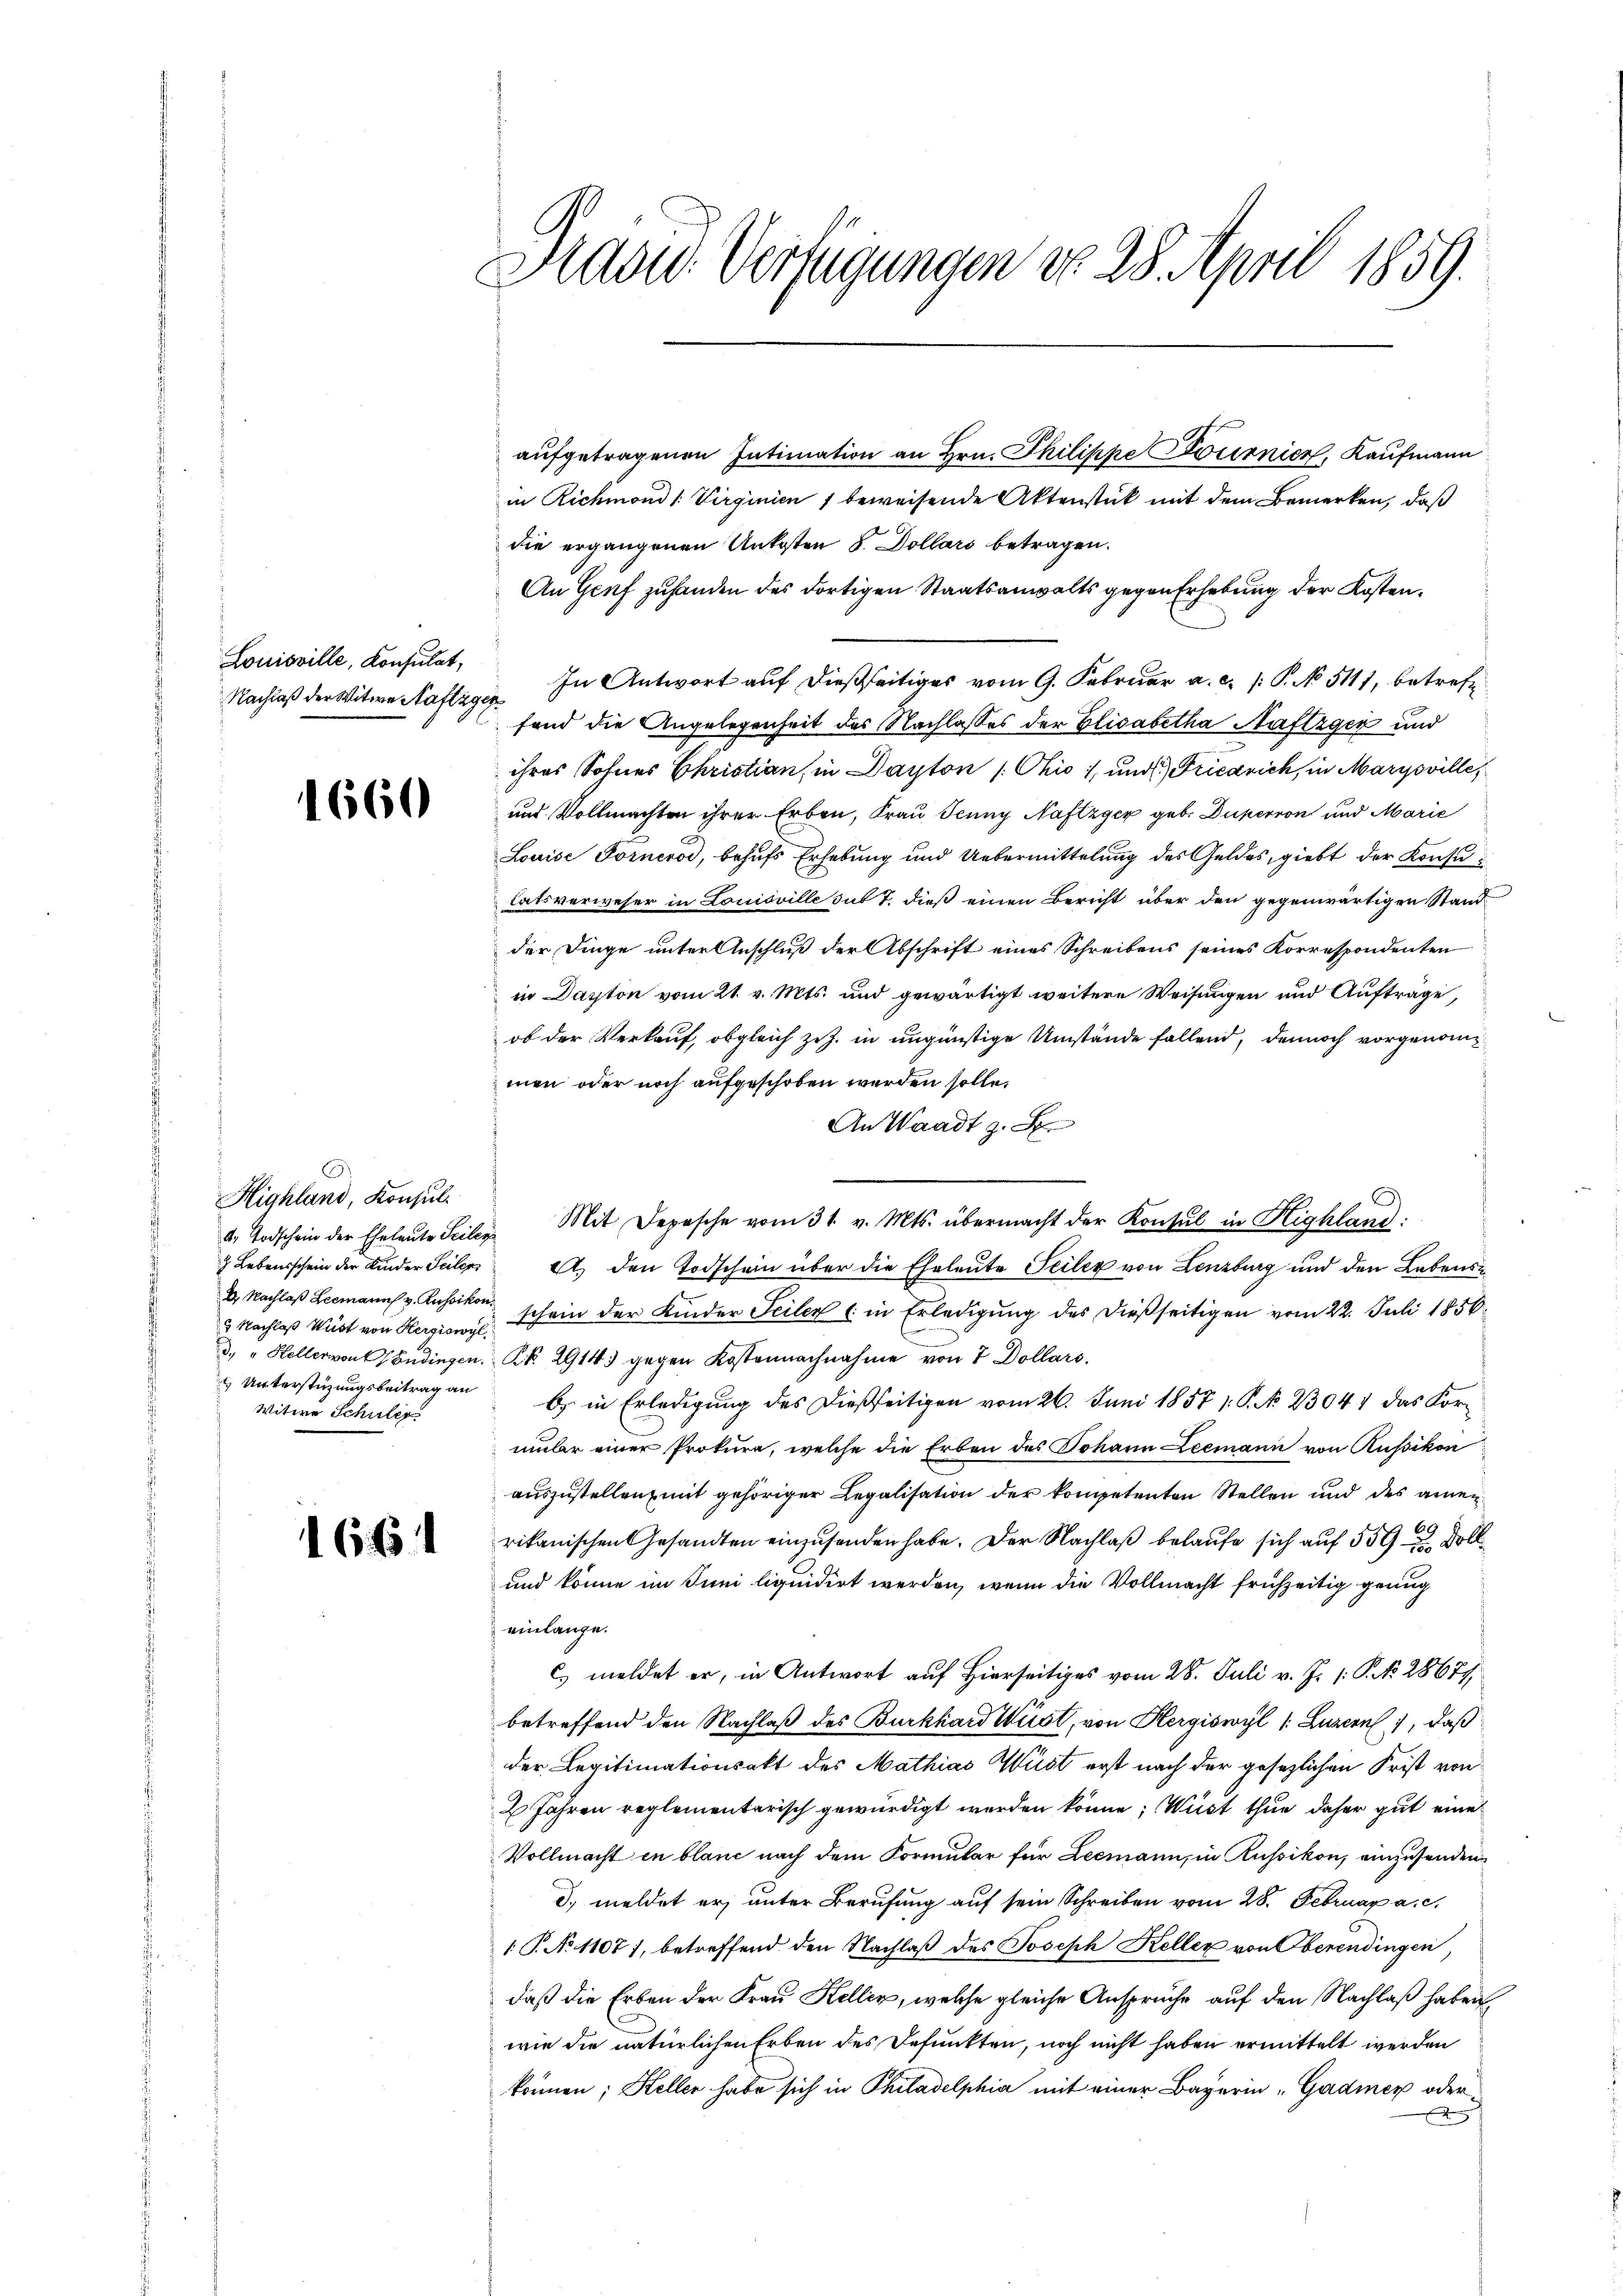
Louisville, Konsulat,

1660

Highland, Konsul
4. Todschein der Eheleute Seilen
 Lebensschein der Kinder Teiler
D. Nachlaß Leemanns v. Aussikon
3 Nachlaß Wüst von Hergiswyl
 Unterstüzungsbeitrag an
Witwe Schule

1661

Hradid. Verfügungen do 28. April 1859.

aufgetragenen Intimation an Hrn. Philippe Dousnicz, Kaufmann
in Richmond /: Virginien 1 beweisende Aktenstück mit dem Bemerken, daß
die ergangenen Unkosten 8. Dollars betragen.
An Genf zuhanden des dortigen Staatsanwalts gegen Erhebung der Kosten.
In Antwort auf dießseitiges vom 9. Februar a.c. (: P. No 5111, betreff
e
Nachlaß der Witwe Masse fand die Angelegenheit des Nachlasses der Elisabetha Nuftzger und
ihres Sohnes Christian in Dayton / Ohio 1, und Friedrich, in Marysvilles
und Vollmachten ihrer Erben, Frau Jenny Naftzger geb. Duperson und Marie
Louise Fornerod, behufs Erhebung und Uebermittelung des Geldes, giebt der Konsu
latsverweser in Louisville sub 7. dieß einen Bericht über den gegenwärtigen Stand
der Dinge unter Anschluß der Abschrift eines Schreibens seines Korrespondenten
in Dapton vom 21. v. Mts. und gewärtigt weitere Weisungen und Aufträge,
ob der Verkauf, obgleich zuz. in ungünstige Umstände fallend, dennoch vorgenommen oder noch aufgeschoben werden solle.
An Waadt z. B
.
Mit Depesche vom 31. v. Mts. übermacht der Konsul in Highland:
A.) den Todschein über die Eheleute Seiler von Lenzburg und den Lebensschein der Kinder Teiler (: in Erledigung des dießseitigen vom 22. Juli 1850
d. " Hellervon Endingen. Nr. 29143 gegen Kostennachnahme von 7 Dollars,
b in Erledigung des dießseitigen vom 26. Juni 1857 1. P. No 23041 das Kormmber einer Prokura, welche die Erben des Johann Leemann von Russikon
auszustellen, mit gehöriger Legalisation der kompetenten Stellen und des amenb.
rikanischen Gesandten einzusenden habe. Der Nachlaß belaufe sich auf 559 u Doll
und könne im Juni liquidirt werden, wenn die Vollmacht frühzeitig genug
einlange.
C) meldet er, in Antwort auf Hierseitiges vom 28. Juli v. J. /: P. N. 28679.
betreffend den Nachlaß des Burkhard Küst, von Hergiswyl /: Luzern, daß
der Legitimationsakt des Mathias Wüst erst nach der gesezlichen Frist von
2 Jahren reglementarisch gewürdigt werden könne; Wüst thue daher gut eine
Vollmacht in blanc nach dem Formular für Leemann, in Russikon, einzusenden
d. meldet er, unter Berufung auf sein Schreiben vom 28. Februar a. c.
1 P. No 11071, betreffend den Nachlaβ des Joseph Keller von Oberendingen,
daß die Erben der Frau Kellen, welche gleiche Anspruche auf den Nachlaß haben
wie die natürlichen Erben des Befunkten, noch nicht haben ermittelt werden
können; Heller habe sich in Philadelphia mit einer Bagerin „Gadmer oder
x